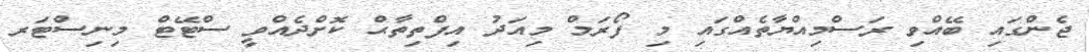
ޖެންގައި ބޭއްވި ރަސްމިއްޔާތެއްގައި މި ފޯރަމް މިއަދު އިފްތިތާޙް ކޮށްދެއްވީ ސްޓޭޓް މިނިސްޓަރ